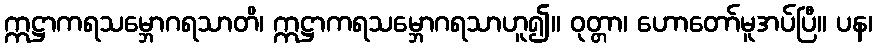
ဣဋ္ဌာကရသမ္ဘောဂရသာတိ၊ ဣဋ္ဌာကရသမ္ဘောဂရသာဟူ၍။ ဝုတ္တာ၊ ဟောတော်မူအပ်ပြီ။ ပန၊